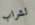
لشراب